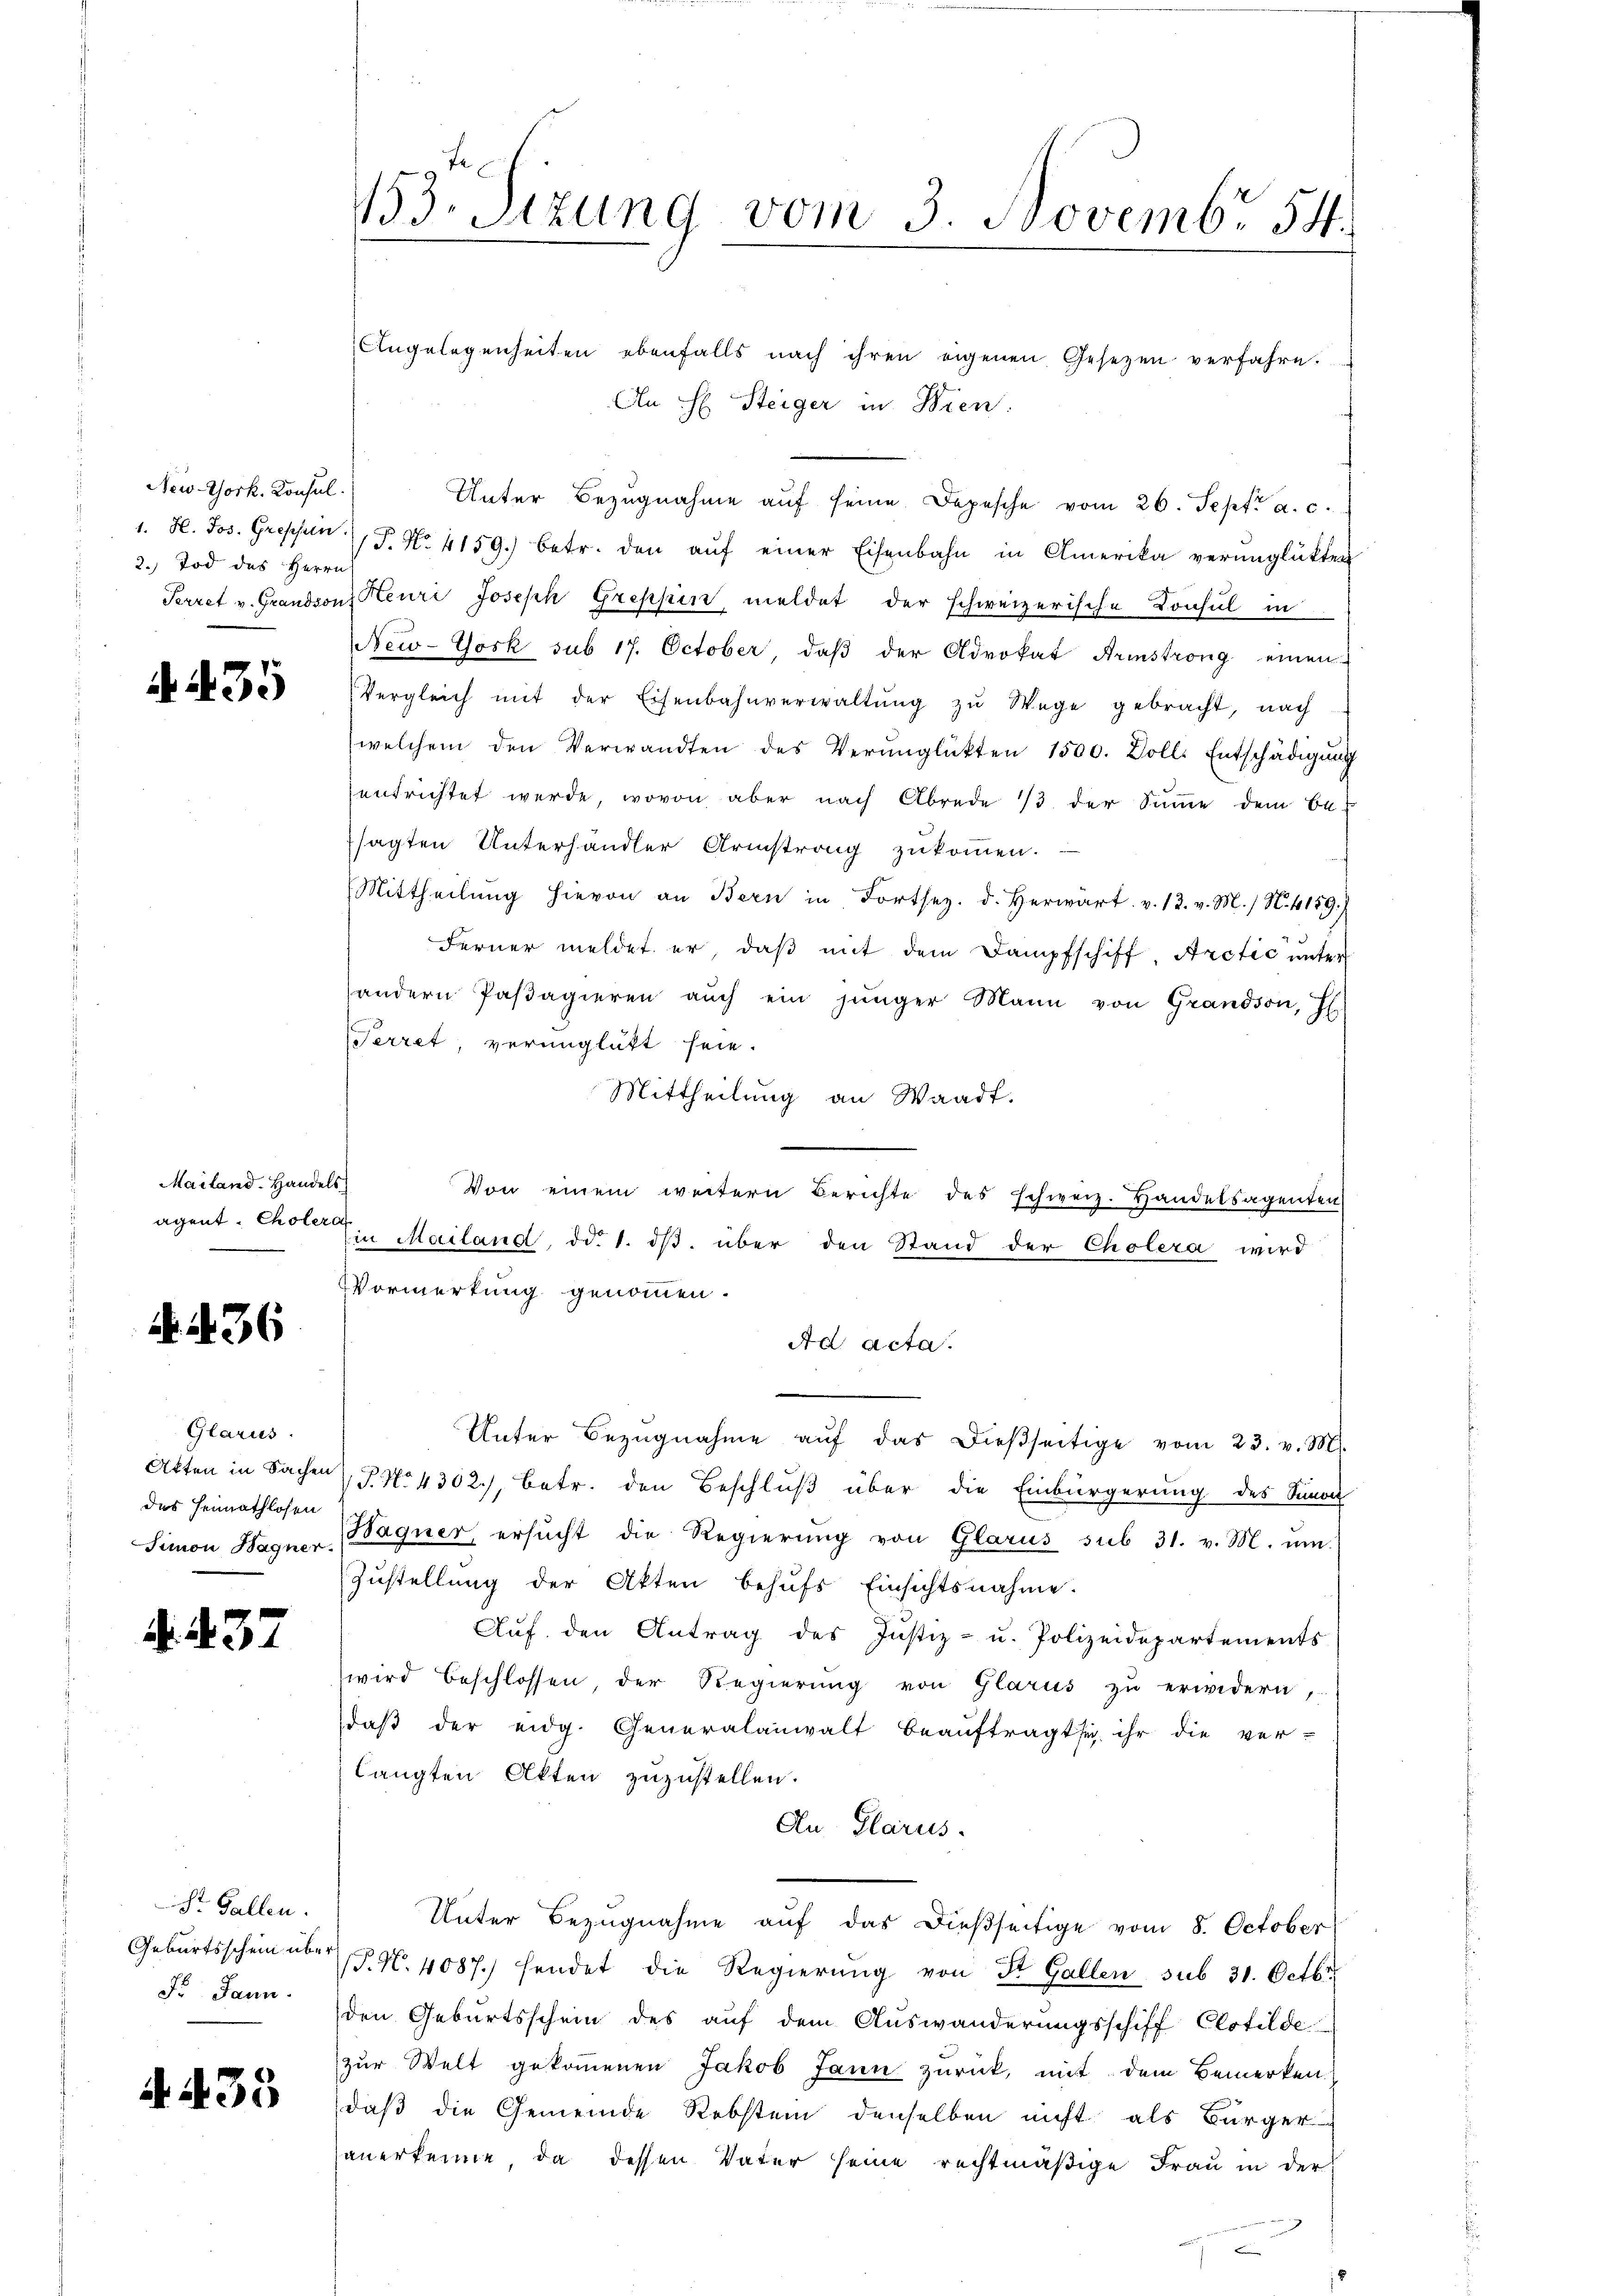
New-York. Konsul
2.) Tod des Herrn

235

Mailand. Handels
agent Cholera

N 36

Glarus.
des Heimathlosen

4. 437

St. Gallen.
F. Jann.

4. 433

Angelegenheiten ebenfalls nach ihren eigenen Gesetzen verfahre.
An H Steiger in Bien.
Unter Bezugnahme aŭf seine Depesche vom 26. Sept. a. c.
1. H. Jos. Greppen (T. No 4159. betr. den aŭf einer Eisenbahn in Amerika verunglükten
Perret v. Grandsonz Heuri Joseph Greppen meldet der schweizerische Konsul in
New-York sub 17. October, daβ der Advokat Arinstrong einen
Vergleich mit der Eisenbahnverwaltung zu Wege gebracht, nach
welchem den Verwandten des Verŭnglükten 1500. Kolle Entschädigŭng
entrichtet werde, wovon aber nach Abrede 13 der Summe dem Be-
sagten Unterhandler Armstrang zukommen.
Mittheilŭng hievon an Bern in Fortsez. d. herwart v. 13. v. M. / N. 4159.)
Ferner meldet er, daß mit dem Dampfschiff Arctić unter
andern Pasagieren aŭch ein jünger Mann von Grandson, H
Perret, verunglückt sein.
Mittheilung an Waadt.
Von einem weitern Berichte des schweiz. Handelsagenten
Ein Mailand, d. 1. dβ über den Stand der Cholera wird
VVormerkung genommen.
Ad acta.
Unter Bezŭgnahme aŭf das dießseitige vom 23. v. M.
Atten in Sachen P. No 4302), betr. den Beschluß über die Einbürgerung des Senon
Simon Hagner Bagner ersucht die Regierung von Glarus sub 31. v. M. ŭm
Zustellung der Akten behufs Einsichtsnahme.
Aŭf den Antrag des Justiz- u. Polizeidepartements
wird beschlossen der Regierŭng von Glarus zŭ erwidern,
daß der eidg. Generalanwalt beauftragt sey ihr die ver-
langten Akten zuzustellen.
An Glarus.
Unter Bezugnahme auf das dießseitige vom 8. October
Geburtsschein über No. 4087.) hendet die Regierŭng von St. Gallen sub 31. Octbr.
den Geburtsschein des auf dem Auswanderungsschiff Clotilde
zur Welt gekommenen Jakob Jann zurück, mit dem Bemerken
daß die Gemeinde Rebstein denselben nicht als Bürger
anerkenne, da dessen Vater seine rechtmäßige Frau in der

155. Sizung vom 3. Novembr 54.